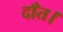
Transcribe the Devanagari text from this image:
दाँत।